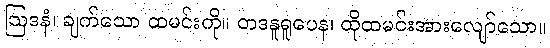
ဩဒနံ၊ ချက်သော ထမင်းကို။ တဒနူရူပေန၊ ထိုထမင်းအားလျော်သော။